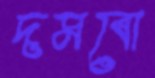
দমবো